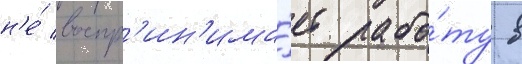
н'е́ воспр'ин'има́ет рабо́ту в